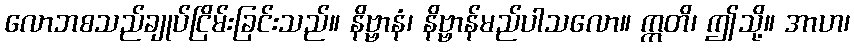
လောဘစသည်ချုပ်ငြိမ်းခြင်းသည်။ နိဗ္ဗာနံ၊ နိဗ္ဗာန်မည်ပါသလော။ ဣတိ၊ ဤသို့။ အာဟ၊